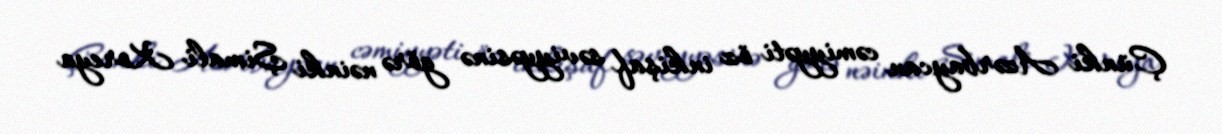
Çünki Azərbaycan cəmiyyəti öz inkişaf səviyyəsinə görə nəinki Şimali Koreya